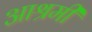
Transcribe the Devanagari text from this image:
आश्रमीं